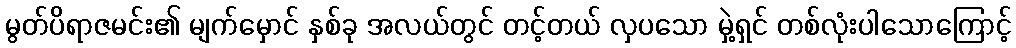
မွတ်ပိရာဇမင်း၏ မျက်မှောင် နှစ်ခု အလယ်တွင် တင့်တယ် လှပသော မှဲ့ရှင် တစ်လုံးပါသောကြောင့်